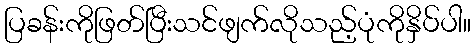
ပြခန်းကိုဖြတ်ပြီးသင်ဖျက်လိုသည့်ပုံကိုနှိပ်ပါ။